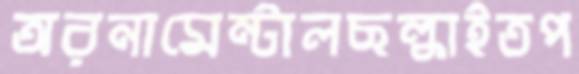
অরনামেন্টালছল্‌কাইতপ